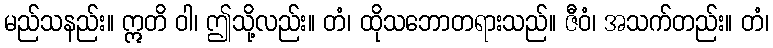
မည်သနည်း။ ဣတိ ဝါ၊ ဤသို့လည်း။ တံ၊ ထိုသဘောတရားသည်။ ဇီဝံ၊ အသက်တည်း။ တံ၊